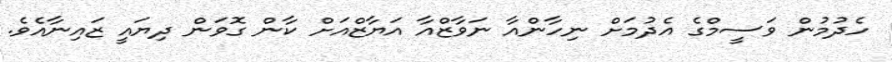
ހެދުމުން ވަސީމްގެ އެދުމަށް ނިހާންއާ ނަވާޒްއާ އަޔާޒްއަށް ކާން ގޮވަން ދިޔައީ ޒައިނާއެވެ.